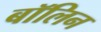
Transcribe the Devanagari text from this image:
बॉलिन